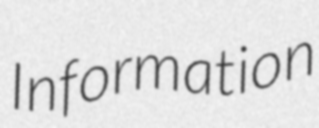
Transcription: Information